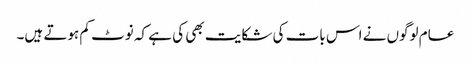
عام لوگوں نے اس بات کی شکایت بھی کی ہے کہ نوٹ کم ہوتے ہیں۔